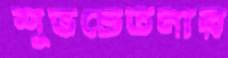
শুভচেতনার